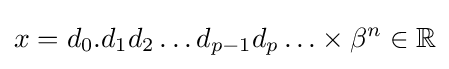
x=d_{0}.d_{1}d_{2}\ldots d_{p-1}d_{p}\ldots \times \beta ^{n}\in \mathbb {R}